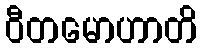
ဝီတမောဟာတိ